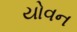
યોવન